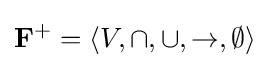
\mathbf {F} ^{+}=\langle V,\cap ,\cup ,\to ,\emptyset \rangle